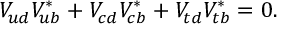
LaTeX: V _ { u d } ^ { } V _ { u b } ^ { * } + V _ { c d } ^ { } V _ { c b } ^ { * } + V _ { t d } ^ { } V _ { t b } ^ { * } = 0 .